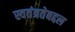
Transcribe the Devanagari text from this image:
स्वतंत्रतेबद्दल